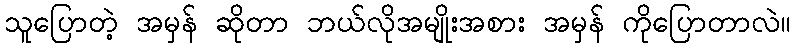
သူပြောတဲ့ အမှန် ဆိုတာ ဘယ်လိုအမျိုးအစား အမှန် ကိုပြောတာလဲ။